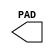
// $Header: /devl/xcs/repo/env/Databases/CAEInterfaces/versclibs/data/simprims/X_OPAD.v,v 1.5 2005/03/14 21:05:15 yanx Exp $
///////////////////////////////////////////////////////////////////////////////
// Copyright (c) 1995/2004 Xilinx, Inc.
// All Right Reserved.
///////////////////////////////////////////////////////////////////////////////
//   ____  ____
//  /   /\/   /
// /___/  \  /    Vendor : Xilinx
// \   \   \/     Version : 8.1i (I.13)
//  \   \         Description : Xilinx Timing Simulation Library Component
//  /   /                  Output Pad
// /___/   /\     Filename : X_OPAD.v
// \   \  /  \    Timestamp : Thu Mar 25 16:43:57 PST 2004
//  \___\/\___\
//
// Revision:
//    03/23/04 - Initial version.
//    03/11/05 - Add LOC paramter;
// End Revision

`timescale 1 ps/1 ps

module X_OPAD (PAD);

  parameter LOC = "UNPLACED";
  output PAD;

endmodule